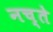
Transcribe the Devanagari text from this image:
नच्ते